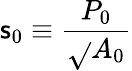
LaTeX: \mathsf{s}_{0}\equiv\frac{{P_{0}}}{{\sqrt{}{{A_{0}}}}}